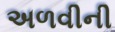
અળવીની